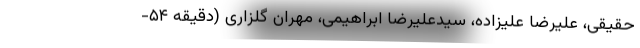
حقیقی، علیرضا علیزاده، سیدعلیرضا ابراهیمی، مهران گلزاری (دقیقه ۵۴-